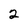
Character: 2